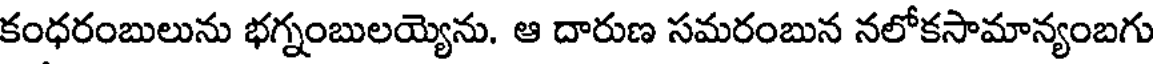
కంధరంబులును భగ్నంబులయ్యెను. ఆ దారుణ సమరంబున నలోకసామాన్యంబగు